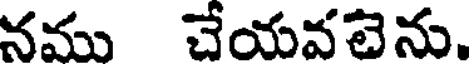
నము చేయవటెను.